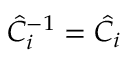
\hat { C } _ { i } ^ { - 1 } = \hat { C } _ { i }